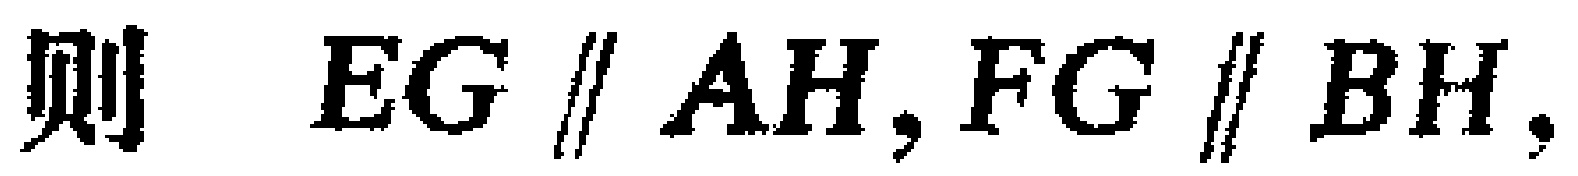
则 \(EG \parallel AH, FG \parallel BH,\)